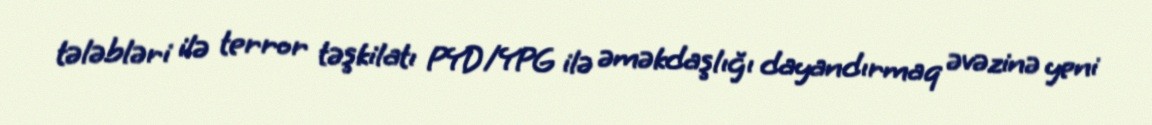
tələbləri ilə terror təşkilatı PYD/YPG ilə əməkdaşlığı dayandırmaq əvəzinə yeni